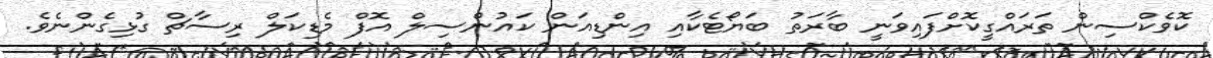
ކޮވެކްސިން ތަރައްގީކޮށްފައިވަނީ ބާރަތު ބަޔޯޓެކާއި އިންޑިއަން ކައުންސިލް އޮފް މެޑިކަލް ރިސާޗް ގުޅިގެންނެވެ.